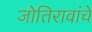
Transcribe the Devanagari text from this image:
जोतिरावांचे